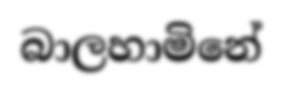
බාලහාමිනේ